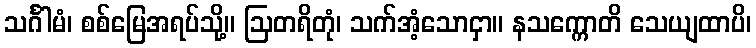
သင်္ဂါမံ၊ စစ်မြေအရပ်သို့။ ဩတရိတုံ၊ သက်အံ့သောငှာ။ နသက္ကောတိ သေယျထာပိ၊